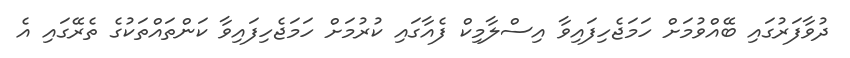
ދުވާފަރުގައި ބޭއްވުމަށް ހަމަޖެހިފައިވާ އިސްލާމިކް ފެއާގައި ކުރުމަށް ހަމަޖެހިފައިވާ ކަންތައްތަކުގެ ތެރޭގައި އެ